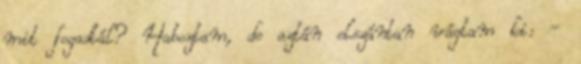
mit fogadtál? Haboztam, de aztán elszántan vágtam ki: -